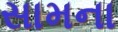
સામના